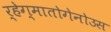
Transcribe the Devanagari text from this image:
र्हेग्मातोगेनोउस